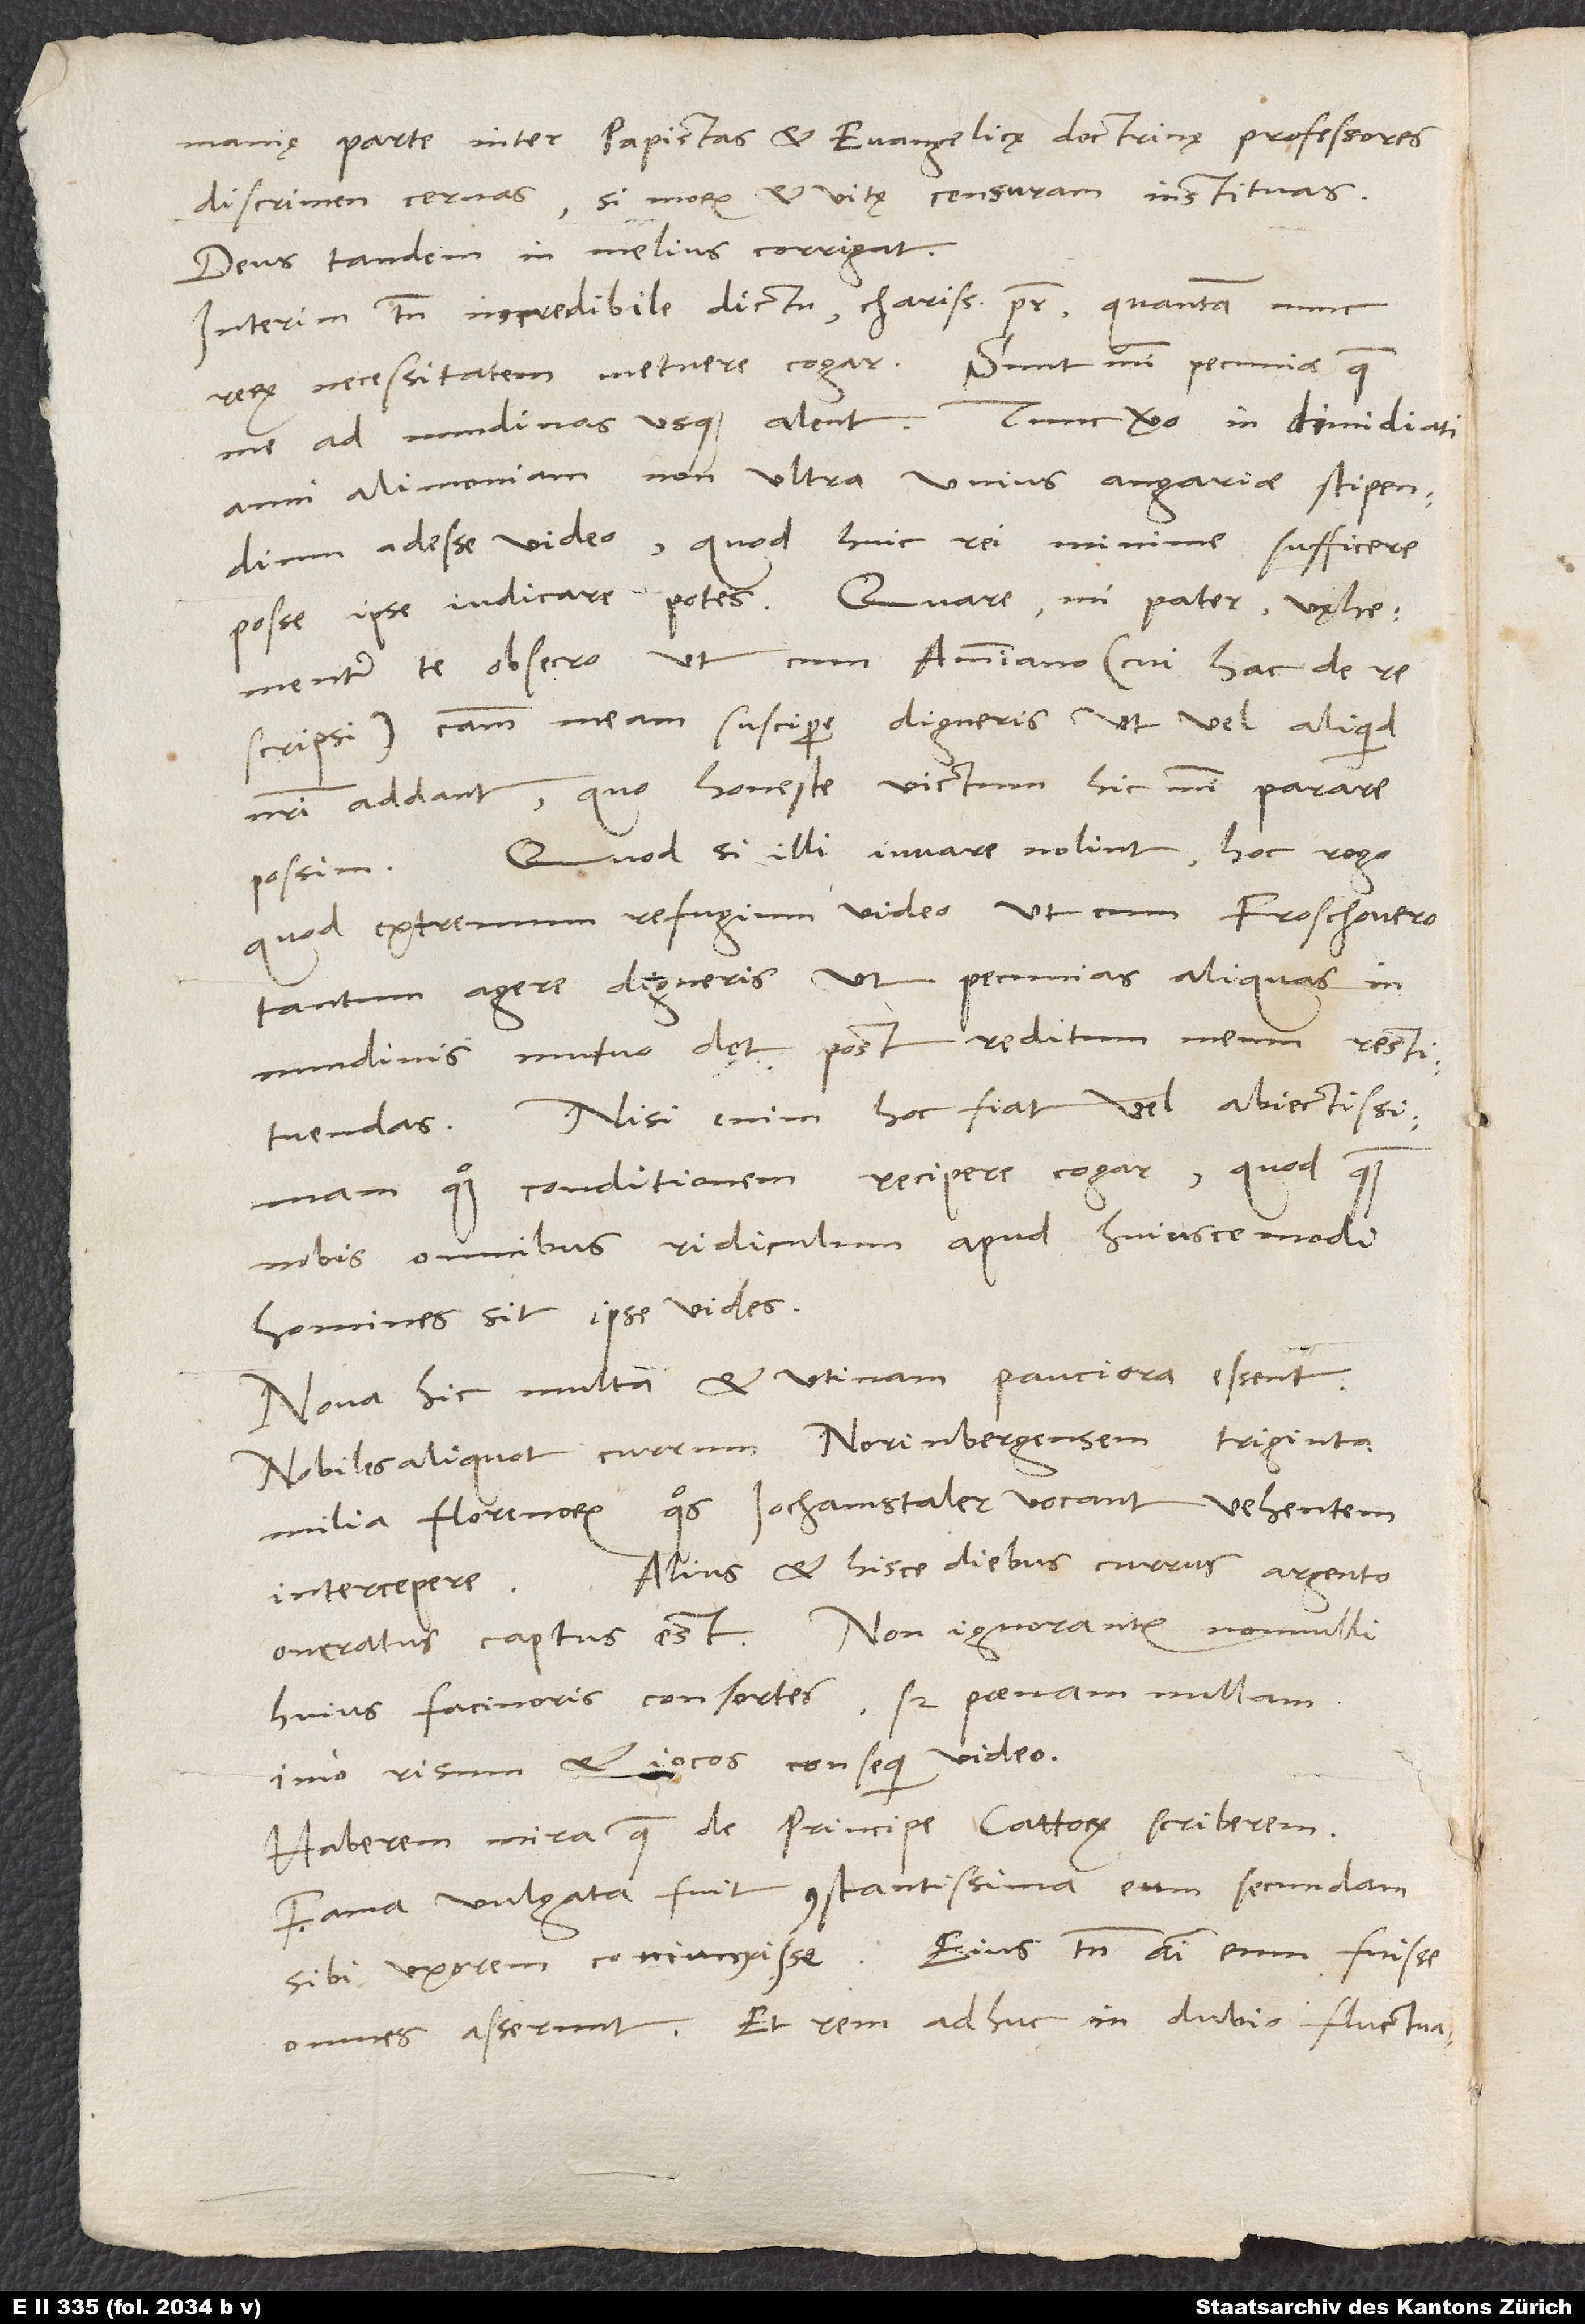
Germanię parte inter papistas et evangelicę doctrinę professores
discrimen cernas, si morum et vitę censuram instituas.
Deus tandem in melius corrigat.
Interim tamen incredibile dictu, charissime pater, quantam nunc
rerum necessitatem metuere cogar. Sunt mihi pecuniae, quae
me ad nundinas usque alent. Tunc vero in dimidiati
anni alimoniam non ultra unius angariae stipendium
adesse video, quod huic rei minime sufficere
posse ipse iudicare potes. Quare, mi pater, vęhementer
te obsecro, ut cum Ammiano (cui hac de re
scripsi) causam meam suscipere digneris, ut vel aliquid
nostri addant, quo honeste victum hic mihi parare
possim. Quod si illi iuvare nolint, hoc rogo,
quod extremum refugium video, ut cum Froschouero
tantum agere digneris, ut pecunias aliquas in
nundinis mutuo det post reditum meum restituendas.
Nisi enim hoc fiat, vel abiectissimam
quoque conditionem recipere cogar, quod, quam
nobis omnibus ridiculum apud huiuscemodi
homines sit, ipse vides.
Nova hic multa et utinam pauciora essent.
Nobiles aliquot currum Norinbergensem triginta
milia florenorum, quos Jochamstaler vocant, vehentem
Alius et hisce diebus currus argento
intercepere.
oneratus captus est. Non ignorantur nonnulli
huius facinoris consortes, sed poenam nullam,
imo risum et iocos consequi video.
Haberem mira, quae de principe Cattorum scriberem:
Fama vulgata fuit constantissima eum secundam
sibi uxorem coniunxisse. Eius tamen animi eum fuisse
omnes asserunt, et rem adhuc in dubio fluctuare